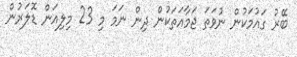
ބޭރު ގައުމަކުން ނުވަތަ ޖަމާއަތަކުން ދިން ނަމަ މި 23 މިލިއަން ޑޮލަރުން